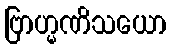
ဗြာဟ္မဏိသယော